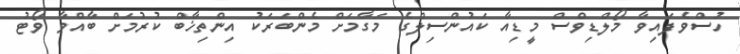
ހުސްވެފައިވާ މޯލްޑިވްސް މީޑިއާ ކައުންސިލްގެ މަގާމަށް މެންބަރަކު އިންތިޚާބް ކުރުމަށް ބާއްވާ ވޯޓު